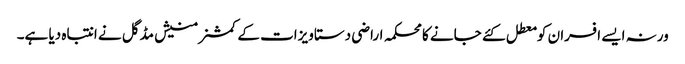
ورنہ ایسے افسران کو معطل کئے جانے کا محکمہ اراضی دستاویزات کے کمشنر منیش مڈگل نے انتباہ دیا ہے۔